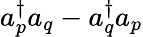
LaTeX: a_{p}^{\dagger}a_{q}-a_{q}^{\dagger}a_{p}